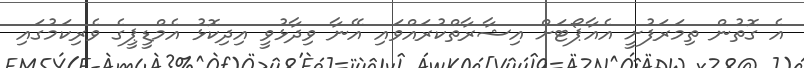
އެ ގޮތުން ތިމަރަފުށީ އެއާޕޯޓަށް އިޝާރާތްކުރައްވައި އޭނާ ވިދާޅުވީ އިދިކޮޅު އެމްޑީޕީގެ ވެރިކަމުގައި